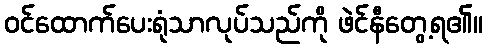
ဝင်ထောက်ပေးရုံသာလုပ်သည်ကို ဖဲင်နီတွေ့ရ၏။